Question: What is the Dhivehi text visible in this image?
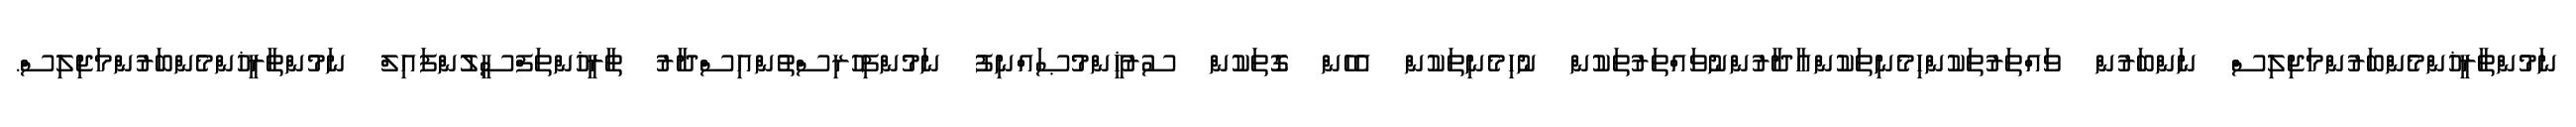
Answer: ނަމުންތާރީޚުންމެންބަރުންމަޖިލިސް ނަންބަރުން ވައްތަރުތަކުންހިމެނިތަކުންއާދާރުންނުވައްތަރުތަކުން ނުހިމެނިތަކުން އެހެން ގޮތަކުން ސުރުޚީންމުޞައްނިފު ނަމުންފިހުރިސްތުންއިސްދާރު ތާރީޚުންތަފްސީލުންފައިލް ނަމުންތާރީޚުންމެންބަރުންމަޖިލިސް.